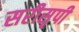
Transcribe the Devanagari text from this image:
सरीसृपी